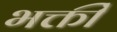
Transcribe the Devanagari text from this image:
भक्तीं